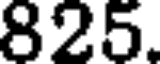
825.